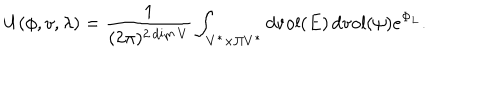
U ( \phi , v , \lambda ) = \frac { 1 } { ( 2 \pi ) ^ { 2 \dim V } } \int _ { V ^ { * } \times \Pi V ^ { * } } d \mathrm { v o l } ( E ) \, d \mathrm { v o l } ( \psi ) e ^ { \Phi _ { L } } .